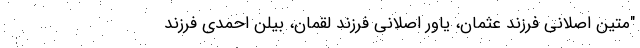
"متین اصلانی فرزند عثمان، یاور اصلانی فرزند لقمان، بیلن احمدی فرزند